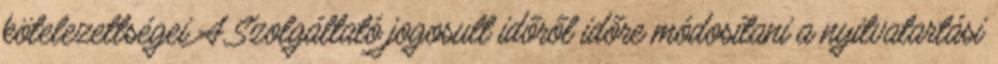
kötelezettségei A Szolgáltató jogosult időről időre módosítani a nyitvatartási